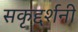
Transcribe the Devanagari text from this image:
सकृद्दर्शनी